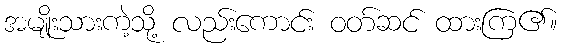
အမျိုးသားကဲ့သို့ လည်းကောင်း ဝတ်ဆင် ထားကြ၏။